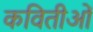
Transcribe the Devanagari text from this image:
कवितीओं